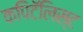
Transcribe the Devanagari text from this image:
कपिटॅलिस्ट